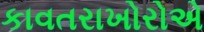
કાવતરાખોરોએ